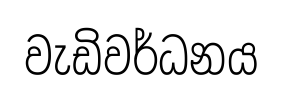
වැඩිවර්ධනය